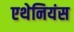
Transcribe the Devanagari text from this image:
एथेनियंस